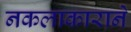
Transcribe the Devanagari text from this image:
नकलाकाराने